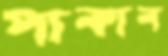
পাকাব